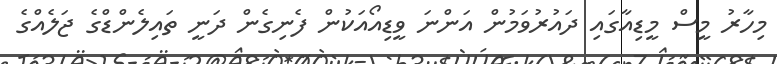
މިހާރު މީސް މީޑިއާގައި ދައުރުވަމުން އަންނަ ވީޑިއޯއަކުން ފެނިގެން ދަނީ ތައިލެންޑްގެ ޖަލެއްގެ